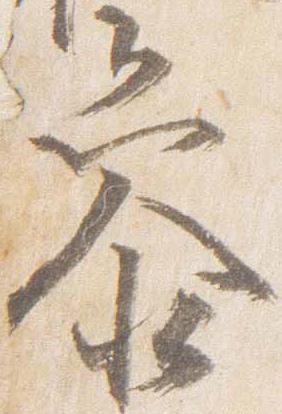
参